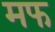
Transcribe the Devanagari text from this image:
मफ